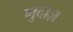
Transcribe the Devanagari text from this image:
गुदाज़